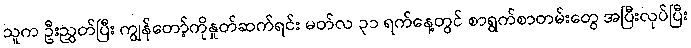
သူက ဦးညွှတ်ပြီး ကျွန်တော့်ကိုနှုတ်ဆက်ရင်း မတ်လ ၃၁ ရက်နေ့တွင် စာရွက်စာတမ်းတွေ အပြီးလုပ်ပြီး